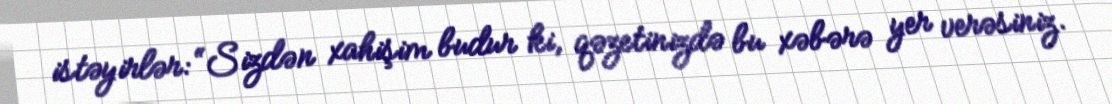
istəyirlər: “Sizdən xahişim budur ki, qəzetinizdə bu xəbərə yer verəsiniz.